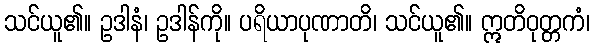
သင်ယူ၏။ ဥဒါနံ၊ ဥဒါန်ကို။ ပရိယာပုဏာတိ၊ သင်ယူ၏။ ဣတိဝုတ္တကံ၊